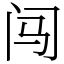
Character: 闯